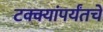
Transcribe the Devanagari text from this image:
टक्क्यांपर्यंतचे